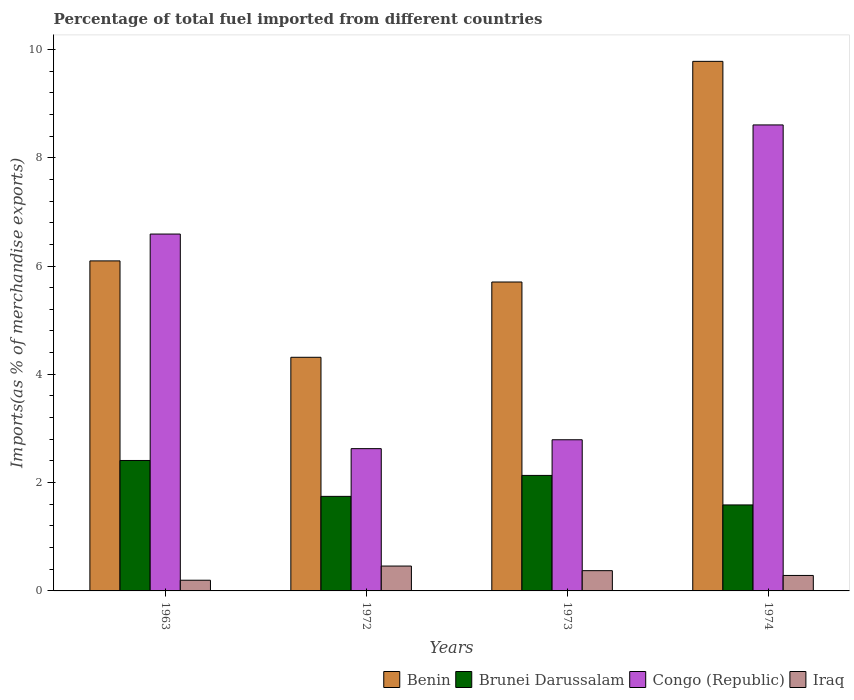
| Years | Benin | Brunei Darussalam | Congo (Republic) | Iraq |
 | --- | --- | --- | --- | --- |
 | 1963 | 6.09 | 2.41 | 6.59 | 0.198 |
 | 1972 | 4.31 | 1.75 | 2.63 | 0.459 |
 | 1973 | 5.7 | 2.13 | 2.79 | 0.374 |
 | 1974 | 9.78 | 1.59 | 8.61 | 0.286 |